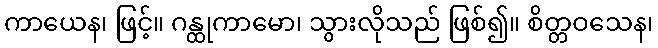
ကာယေန၊ ဖြင့်။ ဂန္ထုကာမော၊ သွားလိုသည် ဖြစ်၍။ စိတ္တဝသေန၊